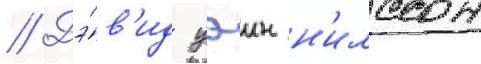
// Дэ́в'ид уэин н'илссон